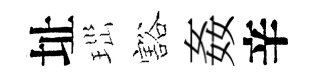
址𤤼豁姦辛